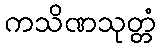
ကသိဏသုတ္တံ